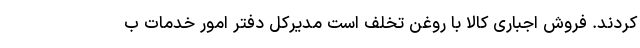
کردند. فروش اجباری کالا با روغن تخلف است مدیرکل دفتر امور خدمات ب